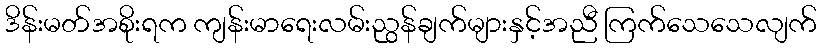
ဒိန်းမတ်အစိုးရက ကျန်းမာရေးလမ်းညွန်ချက်များနှင့်အညီ ကြက်သေသေလျက်